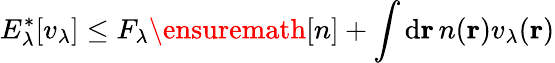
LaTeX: E_{\lambda}^{\ast}[v_{\lambda}]\leq F_{\lambda}\ensuremath{[n]}+\int\mathrm{d}\mathbf{r}\, n(\mathbf{r})v_{\lambda}(\mathbf{r})